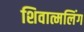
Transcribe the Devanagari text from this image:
शिवात्मलिंग